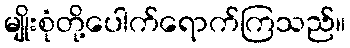
မျိုးစုံတို့ပေါက်ရောက်ကြသည်။